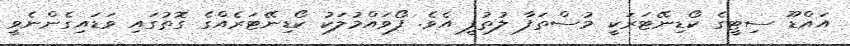
އައްޑޫ ސިޓީގެ ކޯޑިނޭޓަރަކީ މުސްތަފާ ލުތުފީ އެވެ. ފޯވައްމުލަކު ކޯޑިނޭޓަރެއްގެ ގޮތުގައި ވަޑައިގެންނެވީ